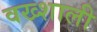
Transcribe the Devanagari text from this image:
वख्शाली